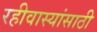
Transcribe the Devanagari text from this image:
रहीवास्यांसाठी